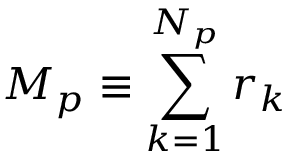
M _ { p } \equiv \sum _ { k = 1 } ^ { N _ { p } } r _ { k }